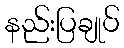
နည်းပြချုပ်